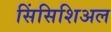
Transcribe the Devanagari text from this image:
सिंसिशिअल